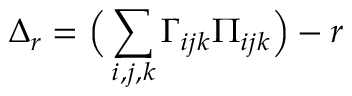
\Delta _ { r } = \Big ( \sum _ { i , j , k } \Gamma _ { i j k } \Pi _ { i j k } \Big ) - r